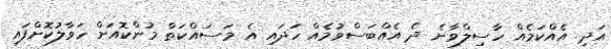
އަދި އެއްކަމެއް ހާސިލްވާނެ ދެ އެއްބަސްވުމެއް ހަދައި އެ މަސައްކަތް މުންކޮއަށް ހަވާލުކޮށްފައި